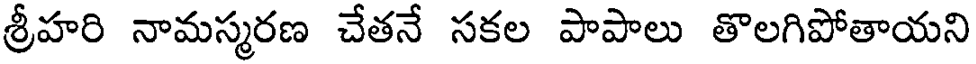
శ్రీహరి నామస్మరణ చేతనే సకల పాపాలు తొలగిపోతాయని